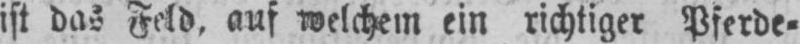
ist das Feld, auf welchem ein richtiger Pferde⸗